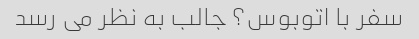
سفر با اتوبوس؟ جالب به نظر می رسد